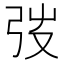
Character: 弢